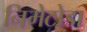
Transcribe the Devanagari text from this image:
निमेटोडा